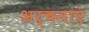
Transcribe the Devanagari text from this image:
अर्चनाएं